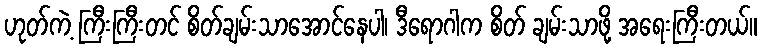
ဟုတ်ကဲ့ ကြီးကြီးတင် စိတ်ချမ်းသာအောင်နေပါ၊ ဒီရောဂါက စိတ် ချမ်းသာဖို့ အရေးကြီးတယ်။